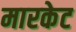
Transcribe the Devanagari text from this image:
मारकेट